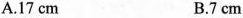
A.17cm B.7cm